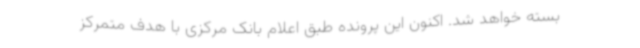
بسته خواهد شد. اکنون این پرونده طبق اعلام بانک مرکزی با هدف متمرکز